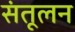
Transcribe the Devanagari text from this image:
संतूलन